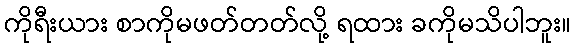
ကိုရီးယား စာကိုမဖတ်တတ်လို့ ရထား ခကိုမသိပါဘူး။